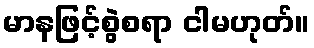
မာနဖြင့်စွဲစရာ ငါမဟုတ်။